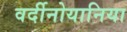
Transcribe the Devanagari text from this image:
वर्दीनोयानिया